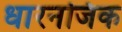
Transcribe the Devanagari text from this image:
धारनजिक